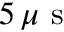
5 \, \mu \textrm { s }